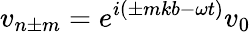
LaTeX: v_{n\pm m}=e^{i(\pm mkb-\omega t)}v_{0}